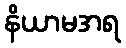
နိယာမအရ